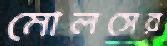
মোলসের